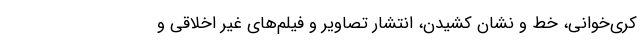
کری‌خوانی، خط و نشان کشیدن، انتشار تصاویر و فیلم‌های غیر اخلاقی و